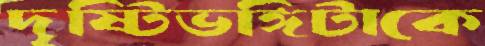
দৃষ্টিভঙ্গিটাকে